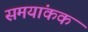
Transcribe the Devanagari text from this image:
समयांकक